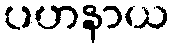
ပဟနာယ